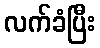
လက်ခံပြီး